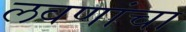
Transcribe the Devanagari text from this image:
लवणांचा